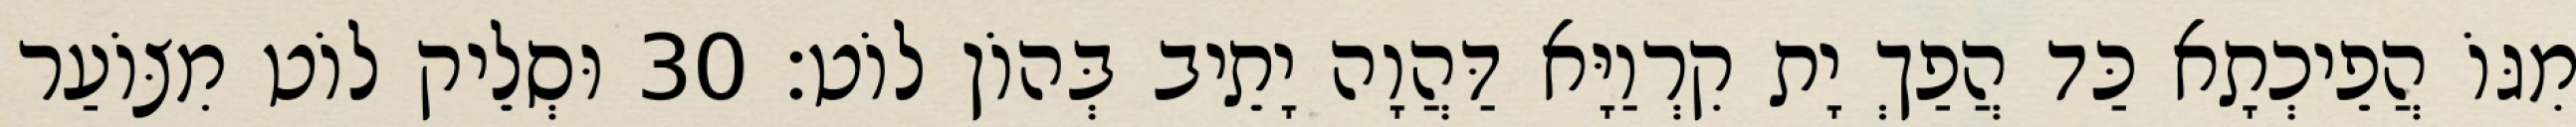
מִגּוֹ הֲפֵיכְתָא כַּד הֲפַךְ יָת קִרְוַיָּא דַּהֲוָה יָתֵיב בְּהוֹן לוֹט׃ 30 וּסְלֵיק לוֹט מִצּוֹעַר